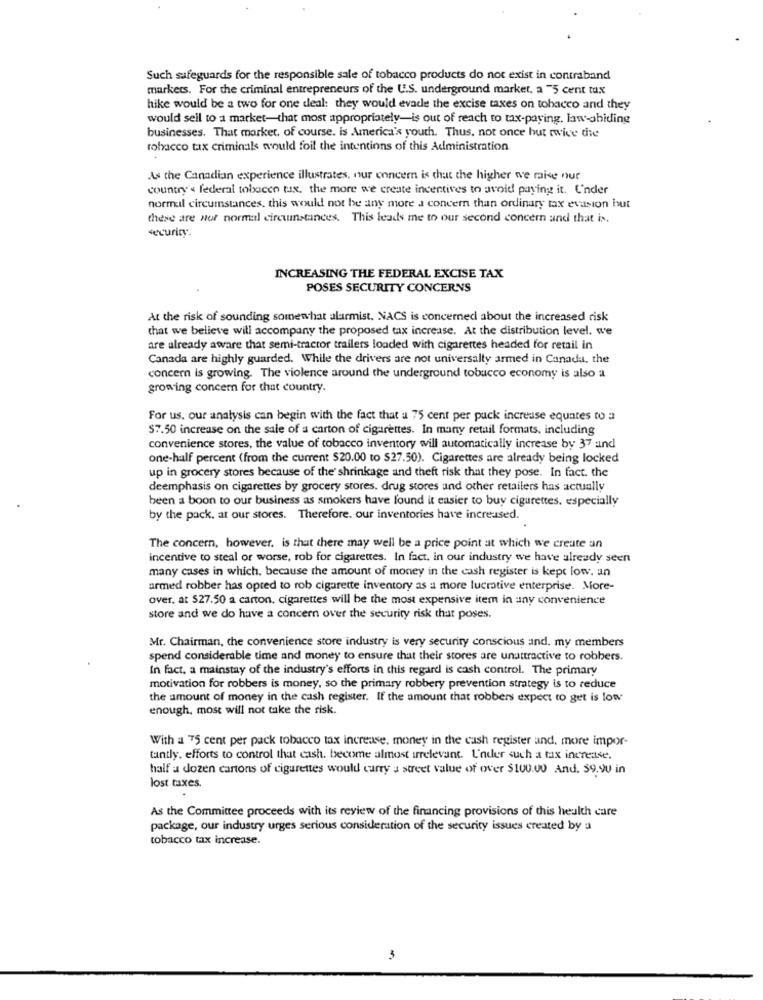
Such safeguards for the responsible sale of tobacco products do not exist in contraband
markets. For the criminal entrepreneurs of the U.S. underground market, a "5 cent tax
hike would be a two for one deal: they would evade the excise taxes on tobacco and they
would seil to a market-that most appropriately-is out of reach to tax-paying. law -abiding
businesses. That morket, of course. is America's youth. Thus, not once but twice the
rolsacco tax criminals would foil the intentions of this Administration
As the Canadian experience illustrates, nur concern is that the higher we raise nur
country's federal tobacco tax, the more we create incentives to avoid paying it. Under
normal circumstances. this would not be any more a concern than ordinary tax evasion but
there are nor normal circumstances. This leads me to our second concern and that is.
security.
INCREASING THE FEDERAL EXCISE TAX
POSES SECURITY CONCERNS
At the risk of sounding somewhat alarmist. NACS is concerned about the increased risk
that we believe will accompany the proposed tax increase. At the distribution level. we
are already aware that semi-tractor trailers loaded with cigarettes headed for retail in
Canada are highly guarded. While the drivers are not universally armed in Canada, the
concern is growing. The violence around the underground tobacco economy is also a
growing concern for that country.
For us. our analysis can begin with the fact that a 75 cent per puck increase equates to a
57.50 increase on the sale of a carton of cigarettes. In many retail formats, including
convenience stores, the value of tobacco inventory will automatically increase by 37 and
one-half percent (from the current $20.00 to $27.50). Cigarettes are already being locked
up in grocery stores because of the' shrinkage and theft risk that they pose. In fact. the
deemphasis on cigarettes by grocery stores. drug stores and other retailers has actually
been a boon to our business as smokers have found it easier to buy cigarettes, especially
by the pack, at our stores. Therefore. our inventories have increased.
The concern, however, is that there may well be a price point at which we create an
incentive to steal or worse, rob for cigarettes. In fact, in our industry we have already seen
many cases in which. because the amount of money in the cash register is kept low. un
armed robber has opted to rob cigarette inventory as a more lucrative enterprise. More-
over, at 527.50 a carton, cigarettes will be the most expensive item in any convenience
store and we do have a concern over the security risk that poses.
Mr. Chairman, che convenience store industry is very security conscious and. my members
spend considerable time and money to ensure that their stores are unattractive to robbers.
In fact, a mainstay of the industry's efforts in this regard is cash control. The primary
motivation for robbers is money, so the primary robbery prevention strategy is to reduce
the amount of money in the cash register. If the amount that robbers expect to get is low
enough, most will not take the risk.
With a 75 cent per pack tobacco tax increase, money in the cash register and, more impor-
tantly, efforts to control that cash. become almost irrelevant. Under such a tax increase.
half a dozen cartons of cigarettes would curry a street value of over $100.00 And. 59.90 in
lost taxes.
As the Committee proceeds with its review of the financing provisions of this health care
package, our industry urges serious consideration of the security issues created by a
tobacco tax increase.
3